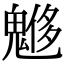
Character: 𩳲